Vaccination in Burma 1912-1922 - 1912-1922
Year: 1912
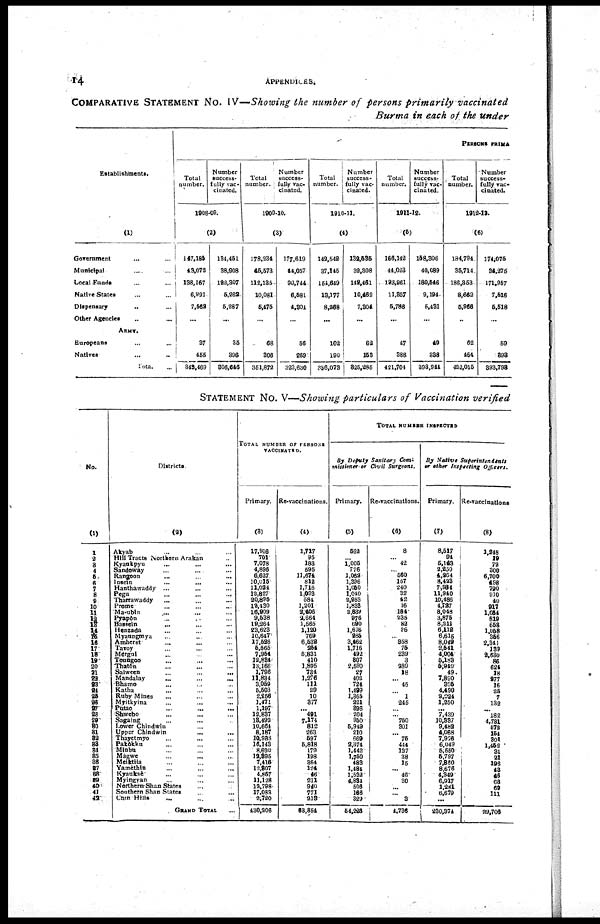
14
APPENDICES.
COMPARATIVE STATEMENT No. IV—Showing the number of persons primarily vaccinated
Burma in each of the under
Establishments.
(1)
Government ... ...
Municipal ... ...
Local Fund ... ...
Native States ... ...
Dispensary
...
...
Other Agencies ... ...
ARMY.
Europeans ... ...
Natives ... ...
Total ...
PERSONS PRIMA
Total
number.
Number
success-
fully vac-
cinated.
1908-09.
(2)
147,185
43,072
138,167
6,991
7,552
...
37
455
343,469
134,451
38,908
122,307
5,262
5,287
...
36
396
306,646
Total
number.
Number
success-
fully vac-
cinated.
1909-10.
(3)
178,234
45,573
112,135
10,081
5,475
...
68
306
351,872
177,619
44,057
90,744
6,581
4,304
...
56
269
323,630
Total
number.
Number
success-
fully vac-
cinated.
1910-11.
(4)
143,542
37,146
154,649
13,177
8,268
...
102
190
356,073
132,535
32,308
142,461
10,462
7,304
...
62
153
825,285
Total
number.
Number
success-
fully vac-
cinated.
1911-12.
(5)
166,142
44,023
193,961
11,357
5,786
...
47
388
421,704
158,306
40,089
180,546
9,194
5,431
...
40
338
393,944
Total
number.
Number
success-
fully vac-
cinated.
1912-13.
(6)
184,794
35,714.
186,353
8,662
5,966
...
62
464
422,015
174,075
34,275
171,957
7,516
5,518
...
59
393
393,793
STATEMENT No. V—Showing particulars of Vaccination verified
No.
(1)
1
2
3
4
5
6
7
8
9
10
11
12
13 14
15 16
17
18
19
20
21
22
23
24
25
26
27 28
29
30
31
32
33
34
35
36
37
38
39
40
41
42
Districts.
(2)
Akyab ... ... ...
Hill Tracts Northern Arakan ...
Kyaukpyu ... ... ...
Sandoway ... ... ...
Rangoon ... ... ...
Insein ... ... ...
Hanthawaddy ... ... ...
Pegu ... ... ...
Tharrawaddy ... ... ...
Prome ... ... ...
Ma-ubin
...
...
...
Pyapôn ... ... ...
Bassein ... ... ...
Henzada ... ... ...
Myaungmya ... ... ...
Amherst ... ... ...
Tavoy ... ... ...
Mergul ... ... ...
Toungoo ... ... ...
Thatôn ... ... ...
Salween
...
...
...
Mandalay
...
...
...
Bhamo ... ... ...
Katha ... ... ...
Ruby Mines ... ... ...
Myitkyina ... ... ...
Putao
...
...
...
Shwebo ... ... ...
Sagaing ... ... ...
Lower Chindwin ... ... ...
Upper Chindwin
...
...
...
Thayetmyo ... ... ...
Pakôkku ... ... ...
Minbu ... ... ...
Magwe
...
...
...
Meiktila ... ... ...
Yamèthin ... ... ...
Kyauksè ... ... ...
Myingyan ... ... ...
Northern Shan States ... ...
Southern Shan States ... ...
Chin Hills ... ... ...
GRAND TOTAL ...
TOTAL NUMBER OF PERSONS
VACCINATED.
Primary.
(3)
17,916
701
7,078
4,896
6,627
10,015
11,024
12,827
20,895
12,430
16,909
9,538
19,264
23,623
10,647
17,526
5,565
7,954
12,834
13,166
1,796
11,834
3,059
5,503
2,256
1,471
1,197
12,837
18,492
10,664
8,187
10,988
16,143
8,690
12,395
7,416
12,307
4,857
11,128
12,798
17,083
2,720
430,206
Re-vaccinations.
(4)
1,717
95
183
595
11,674
812
1,716
1,093
584
1,201
2,406
2,664
1,565
1,120
769
6,532
254
5,831
410
1,895
734
1,276
111
29
10
377
... 491
7,174
812
263
597
5,818
179
198
364
124
46
211
940
771
213
63,854
TOTAL NUMBER INSPECTED
By Deputy Sanitary Com-
missionerer
Civil
Surgeons.
Primary.
(5)
562
... 1,005
776
1,062
1,396
1,050
1,040
2,953
1,833
2,839
976
690
1,676
285
3,462
1,716
492
307
2,690
27
402
724
1,499
1,865
221
396
204
950
5,949
210
669
2,374
1,442
1,750
483
1,484
1,532
4,834
506
166
329
54,226
Re-vaccinations.
(6)
8
...
42
...
560
157
240
32
42
16
184
235
82
26
... 358
75
239
3
289
18
... 45
...
1
245
...
... 750
301
... 75
444
137
38
15
...
46
30
...
...
3
4,736
By Native
Superintendents
or other Inspteting
Officers.
Primary.
(7)
8,517
94
5,143
2,250
4,264
8,423
7,984
11,940
10,486
4,727
8,048
3,875
8,211
6,112
6,615
8,049
2,541
4,004
5,183
5,940
49
7,890
395
4,490
2,024
1,250
... 7,439
10,337
9,482
4,068
7,976
6,049
5,550
5,797
7,860
8,676
4,349
6,917
1,281
6,679
...
230,374
Re-vaccinations
(8)
1,248
19
72
300
6,700
498
790
910
40
917
1,054
819
658
1,058
356
2,341
139
8,630
86
624
18
277
16
25
7
132
... 182
4,731
572
154
301
1,452
31
21
196
48
46
68
69
111
...
29,706